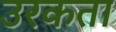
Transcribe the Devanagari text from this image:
उरकता